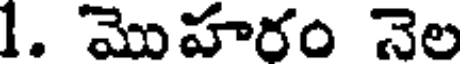
1. మొహరం నెల